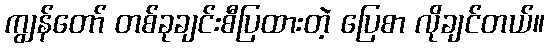
ကျွန်တော် တစ်ခုချင်းစီပြထားတဲ့ ပြေစာ လိုချင်တယ်။